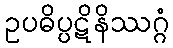
ဥပဓိပ္ပဋိနိဿဂ္ဂံ